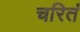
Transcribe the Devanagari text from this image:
चरितं